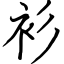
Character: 衫